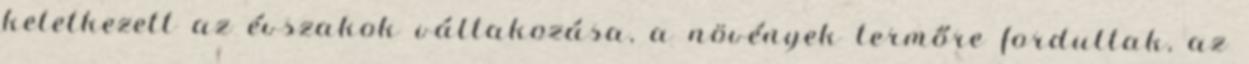
keletkezett az évszakok váltakozása, a növények termőre fordultak, az